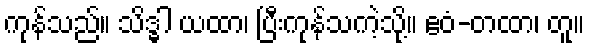
ကုန်သည်။ သိဒ္ဓါ ယထာ၊ ပြီးကုန်သကဲ့သို့။ ဧဝံ-တထာ၊ တူ။